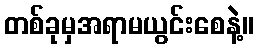
တစ်ခုမှအရာမယွင်းစေနဲ့။